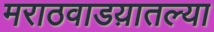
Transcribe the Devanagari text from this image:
मराठवाडय़ातल्या